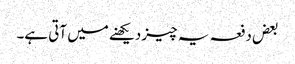
بعض دفعہ یہ چیز دیکھنے میں آتی ہے۔